Report on the working of the Ranchi Indian Mental Hospital, Kanke, in Bihar and Orissa - 1930-1940
Year: 1930
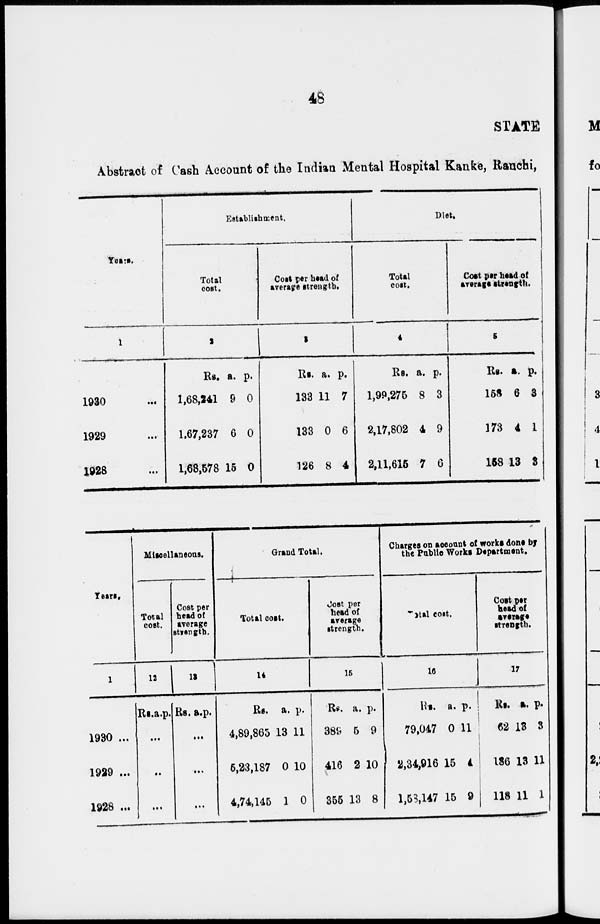
48
STATE
Abstract of Cash Account of the Indian Mental Hospital Kanke, Ranchi,
Years.
1
1930 ...
1929 ...
1928 ...
Establishment.
Total
cost.
3
Rs.
1,68,241
1,67,237
1,68,578
a.
9
6
15
p.
0
0
0
Cost per head of
average strength.
3
Rs.
133
133
126
a.
11
0
8
P.
7
6
4
Diet.
Total
cost.
4
Rs.
1,99,275
2,17,802
2,11,615
a.
8
4
7
p.
3
9
6
Cost per head of
average strength.
5
Rs.
158
173
158
a.
6
4
13
p.
3
1
3
Years.
1
1930 ...
1929 ...
1928 ...
Miscellaneous.
Total
cost.
12
Rs. a. p.
...
...
...
Cost per
head of
average
strength.
13
Rs. a. p.
...
...
...
Grand Total.
Total cost.
14
Rs.
4,89,865
5,23,187
4,74,145
a.
13
0
1
p.
11
10
0
Cost per
head of
average
strength.
15
Rs.
389
416
355
a.
5
2
13
p.
9
10
8
Charges on account of works done by
the Public Works Department.
Total cost.
10
Rs.
79,047
2,34,916
1,53,147
a.
0
15
15
p.
11
i
9
Coat par
head of
average
strength.
17
Rs.
62
186
118
a.
18
13
11
p.
3
11
1